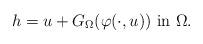
LaTeX: \begin{align*}h=u+G_{\Omega}(\varphi(\cdot,u)) \hbox{ in }\Omega.\end{align*}